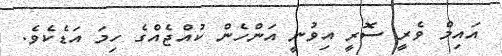
އައިމް ވެރީ ސޮރީ އިވުނީ އަންހެން ކުއްޖެއްގެ ހިމަ އަޑެކެވެ.